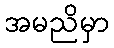
အမညိမှာ